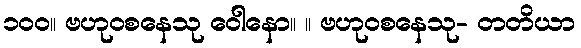
၁၀၀။ ဗဟုဝစနေသု ဝေါနော။ ။ ဗဟုဝစနေသု- တတိယာ